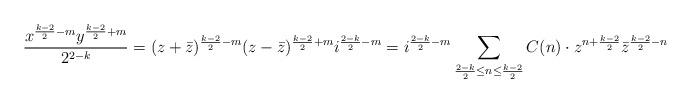
LaTeX: \begin{align*}\frac{x^{\frac{k-2}{2}-m}y^{\frac{k-2}{2}+m}}{2^{2-k}}=(z+\bar z)^{\frac{k-2}{2}-m}(z-\bar z)^{\frac{k-2}{2}+m}i^{\frac{2-k}{2}-m}=i^{\frac{2-k}{2}-m}\sum_{\frac{2-k}{2}\leq n\leq\frac{k-2}{2}}C(n)\cdot z^{n+\frac{k-2}{2}}\bar z^{\frac{k-2}{2}-n}\end{align*}